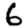
Digit: 6